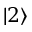
\left| 2 \right>